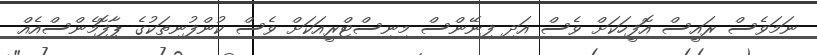
ނަމަވެސް ރައީސް އޮފީހަކަށް ވެސް އަދި ފިނޭންސް މިނިސްޓްރީއަކަށް ވެސް ކުންފުނިތަކުގެ ޕާފޮމެންސްއެއް